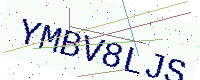
Text: YMBV8LJS